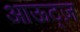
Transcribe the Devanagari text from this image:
आऊट्ज़